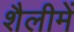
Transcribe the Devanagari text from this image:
शैलीमें